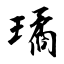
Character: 璚